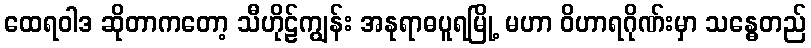
ထေရဝါဒ ဆိုတာကတော့ သီဟိုဠ်ကျွန်း အနုရာဓပူရမြို့ မဟာ ဝိဟာရဂိုဏ်းမှာ သန္ဓေတည်